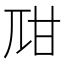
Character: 𤮾